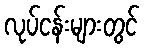
လုပ်ငန်းများတွင်